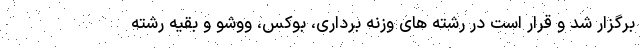
برگزار شد و قرار است در رشته های وزنه برداری، بوکس، ووشو و بقیه رشته